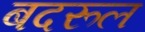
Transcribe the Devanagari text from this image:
बदरूल